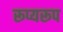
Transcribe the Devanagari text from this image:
रूप्यरूप